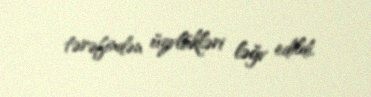
tərəfindən üzvlükləri ləğv edildi.